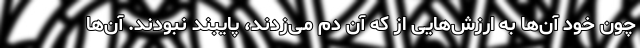
چون خود آن‌ها به ارزش‌هایی از که آن دم می‌زدند، پایبند نبودند. آن‌ها